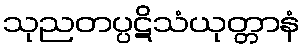
သုညတပ္ပဋိသံယုတ္တာနံ